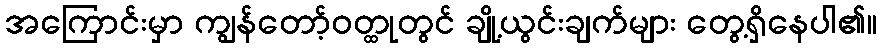
အကြောင်းမှာ ကျွန်တော့်ဝတ္ထုတွင် ချို့ယွင်းချက်များ တွေ့ရှိနေပါ၏။